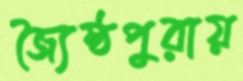
জ্যৈষ্ঠপুরায়